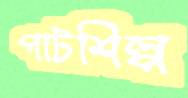
পাটশিল্প